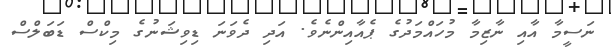
ނަސީމާ އާއި ނާޒިމާ މުހައްމަދުގެ ޕެއާއިންނެވެ. އަދި ދެވަނަ ޑިވިޝަނުގެ މިކްސް ޑަބަލްސް